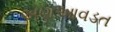
અણઆવડત